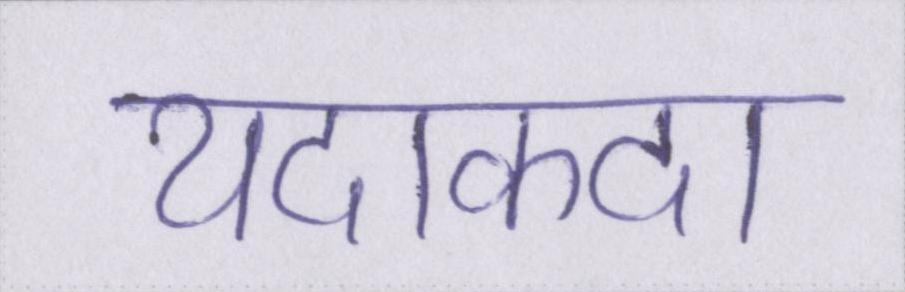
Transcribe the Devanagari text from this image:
यदाकदा